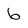
Character: 6